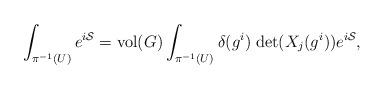
LaTeX: \begin{align*}\int_{\pi^{-1}(U)} e^{i{\cal S}} = {\rm vol}(G) \int_{\pi^{-1}(U)} \delta(g^i) \; {\rm det}(X_j (g^i)) e^{i{\cal S}},\end{align*}